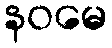
နဝမေ